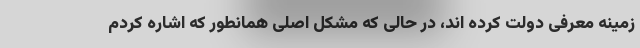
زمینه معرفی دولت کرده اند، در حالی که مشکل اصلی همانطور که اشاره کردم